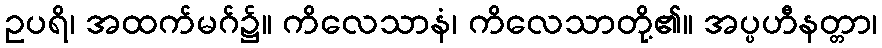
ဥပရိ၊ အထက်မဂ်၌။ ကိလေသာနံ၊ ကိလေသာတို့၏။ အပ္ပဟီနတ္တာ၊